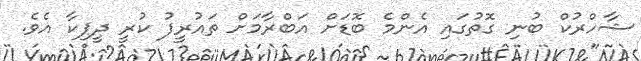
ޝާހްރުކް ބުނި ގޮތުގައި އެންމެ ބޮޑަށް އަބްރާމަށް ތައުރީފު ކުރީ ދީޕިކާ އެވެ.